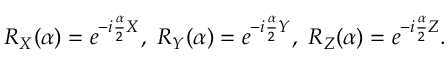
R _ { X } ( \alpha ) = e ^ { - i \frac { \alpha } { 2 } X } , ~ R _ { Y } ( \alpha ) = e ^ { - i \frac { \alpha } { 2 } Y } , ~ R _ { Z } ( \alpha ) = e ^ { - i \frac { \alpha } { 2 } Z } .